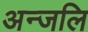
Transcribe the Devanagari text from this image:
अन्जलि